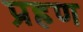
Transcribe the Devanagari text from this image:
प्रहण